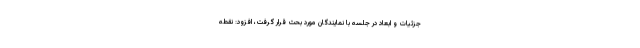
جزئیات و ابعاد در جلسه با نمایندگان مورد بحث قرار گرفت، افزود: نقطه